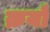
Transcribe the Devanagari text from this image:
क्रयों